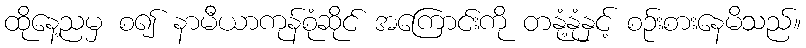
ထိုနေ့ညမှ စ၍ နာမီယာကုန်စုံဆိုင် အကြောင်းကို တနုံ့နုံနှင့် စဉ်းစားနေမိသည်။